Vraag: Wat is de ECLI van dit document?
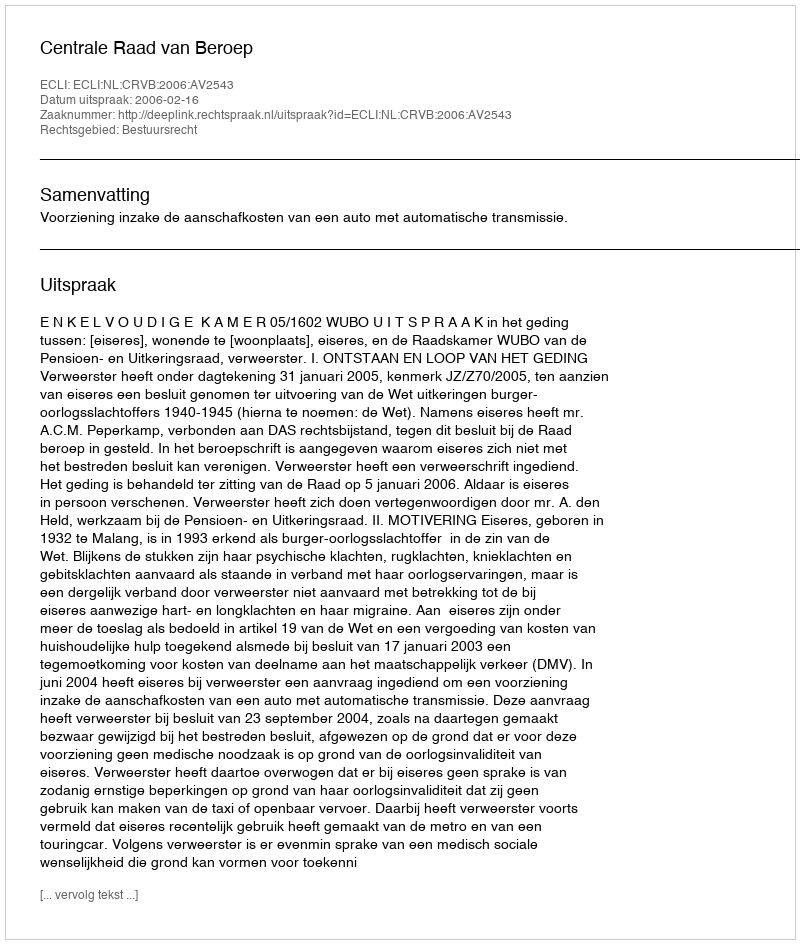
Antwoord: ECLI:NL:CRVB:2006:AV2543